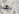
بهذا